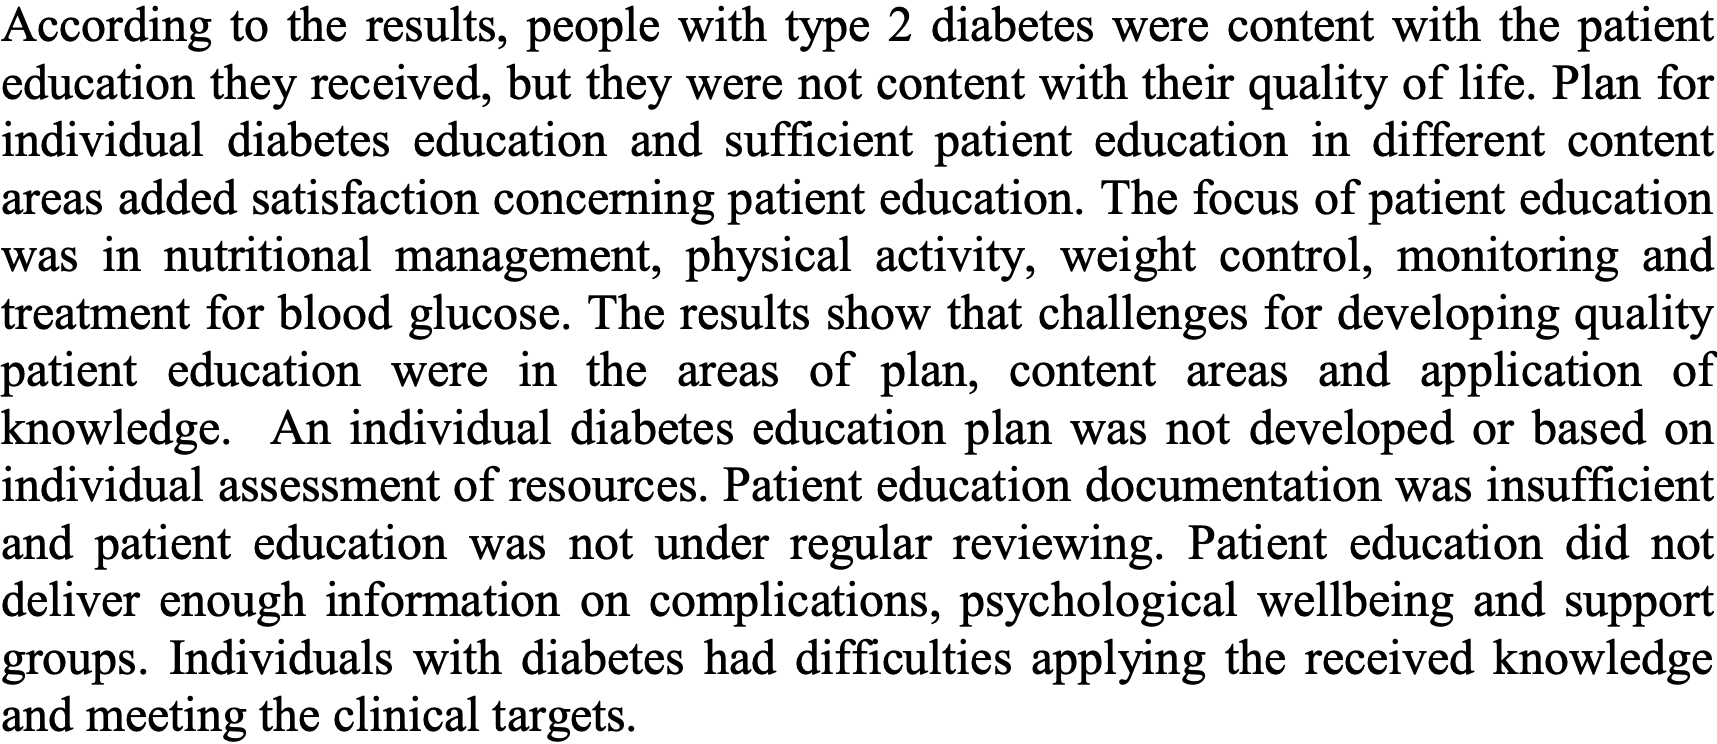
According to the results, people with type 2 diabetes were content with the patient education they received, but they were not content with their quality of life. Plan for individual diabetes education and sufficient patient education in different content areas added satisfaction concerning patient education. The focus of patient education was in nutritional management, physical activity, weight control, monitoring and treatment for blood glucose. The results show that challenges for developing quality patient education were in the areas of plan, content areas and application of knowledge. An individual diabetes education plan was not developed or based on individual assessment of resources. Patient education documentation was insufficient and patient education was not under regular reviewing. Patient education did not deliver enough information on complications, psychological wellbeing and support groups. Individuals with diabetes had difficulties applying the received knowledge and meeting the clinical targets.